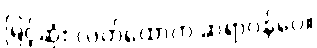
မြင့်ဆုံး လက်ထောက် ဆရာဝန်ပေ။